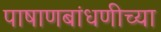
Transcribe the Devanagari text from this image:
पाषाणबांधणीच्या